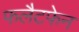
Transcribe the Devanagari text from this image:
फलैटफेन